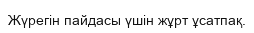
Жүрегін пайдасы үшін жұрт ұсатпақ.